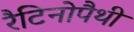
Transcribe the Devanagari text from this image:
रैटिनोपैथी